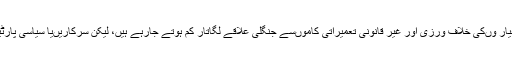
اس کے علاوہ ماحولیات کے توازن کے معیار وںکی خلاف ورزی اور غیر قانونی تعمیراتی کاموںسے جنگلی علاقے لگاتار کم ہوتے جارہے ہیں، لیکن سرکاریںیا سیاسی پارٹیوںکے لیے یہ تشویش کا موضوع نہیںہے۔